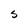
Character: S